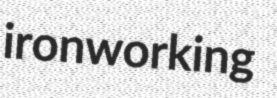
ironworking